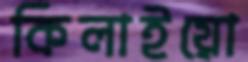
কিলাইয়ো